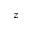
z